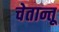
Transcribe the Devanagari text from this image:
चेतान्तू